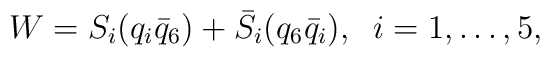
W=S_i (q_i \bar{q}_6) + \bar{S}_i (q_6 \bar{q}_i), \; \; i=1,\ldots,5,